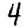
Digit: 4